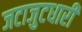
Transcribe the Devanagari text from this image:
जटाजुटधारी